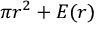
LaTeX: \, \pi r ^ { 2 } + E ( r )